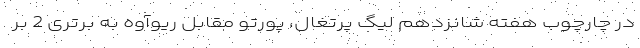
در چارچوب هفته شانزدهم لیگ پرتغال، پورتو مقابل ریوآوه به برتری 2 بر